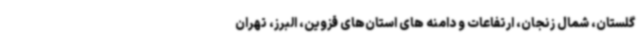
گلستان، شمال زنجان، ارتفاعات و دامنه های استان‌های قزوین، البرز، تهران